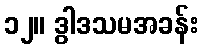
၁၂။ ဒွါဒသမအခန်း